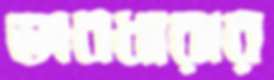
ভাবধারার